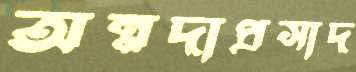
অন্নদাপ্রসাদ